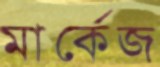
মার্কেজ